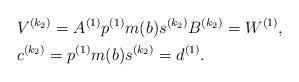
LaTeX: \begin{align*}&V^{(k_2)} = A^{(1)}p^{(1)}m(b)s^{(k_2)}B^{(k_2)} = W^{(1)},\\&c^{(k_2)} =p^{(1)}m(b)s^{(k_2)} = d^{(1)}.\end{align*}